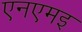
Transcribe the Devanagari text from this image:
एनएमइ